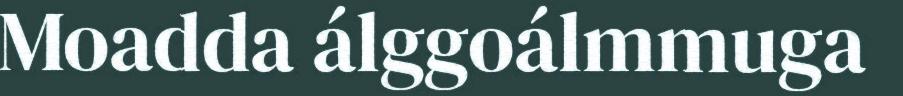
Moadda álggoálmmuga